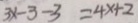
3 x - 3 - 3 = 4 x + 2